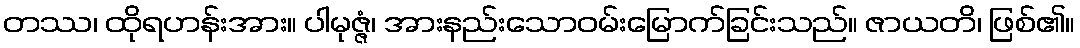
တဿ၊ ထိုရဟန်းအား။ ပါမုဇ္ဇံ၊ အားနည်းသောဝမ်းမြောက်ခြင်းသည်။ ဇာယတိ၊ ဖြစ်၏။